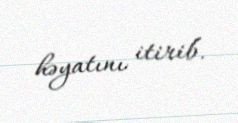
həyatını itirib.